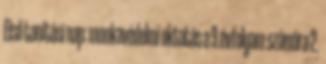
Első tanítási nap: munkavédelmi oktatás a 9.évfolyam számára 2.